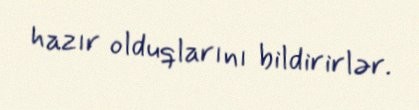
hazır olduqlarını bildirirlər.